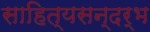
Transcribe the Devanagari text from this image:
साहित्यसन्दर्भ